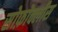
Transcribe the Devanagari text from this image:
सोफ़ोक्लीस